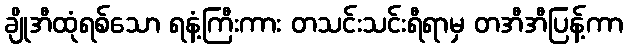
ချိုအီထုံရစ်သော ရနံ့ကြီးကား တသင်းသင်းရီရာမှ တအီအီပြန့်ကာ